Scottish Leaving Certificate Examination, 1956
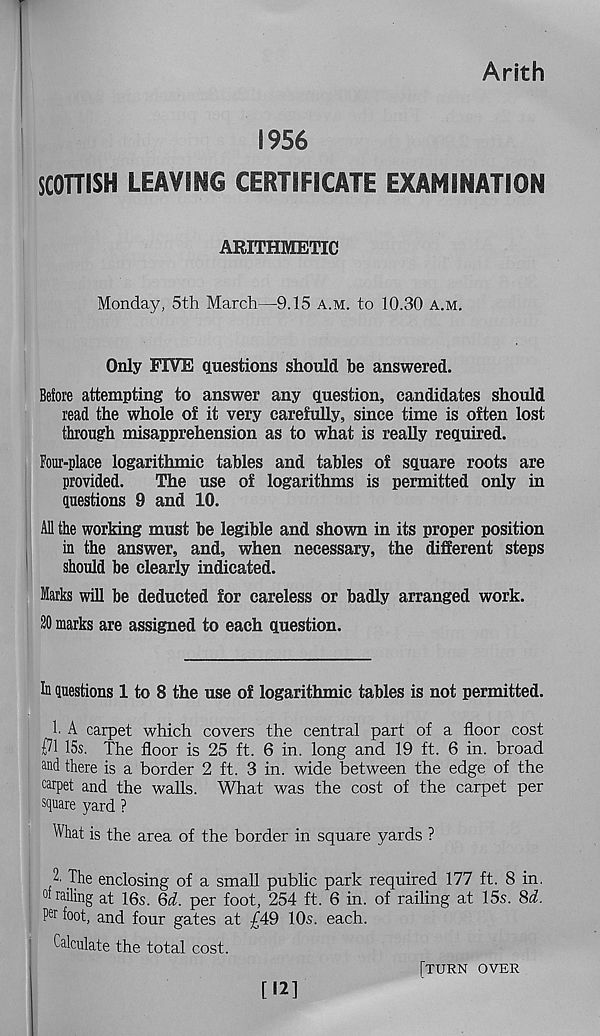
Arith
1956
SCOTTISH LEAVING CERTIFICATE EXAMINATION
ARITHMETIC
Monday, 5th March—9.15 a.m. to 10.30 a.m.
Only FIVE questions should be answered.
Before attempting to answer any question, candidates should
read the whole of it very carefully, since time is often lost
through misapprehension as to what is really required.
Four-place logarithmic tables and tables of square roots are
provided.
The use of logarithms is permitted only in
questions 9 and 10.
All the working must be legible and shown in its proper position
in the answer, and, when necessary, the different steps
should be clearly indicated.
Marks will be deducted for careless or badly arranged work.
20 marks are assigned to each question.
In questions 1 to 8 the use of logarithmic tables is not permitted.
1. A carpet which covers the central part of a floor cost
{71 15s. The floor is 25 ft. 6 in. long and 19 ft. 6 in. broad
and there is a border 2 ft. 3 in. wide between the edge of the
carpet and the walls. What was the cost of the carpet per
square yard ?
What is the area of the border in square yards ?
2. The enclosing of a small public park required 177 ft. 8 in.
°f railing at 16s. Qd. per foot, 254 ft. 6 in. of railing at 15s. Sd.
P er foot, and four gates at £49 10s. each.
Calculate the total cost.
[12]
[turn over